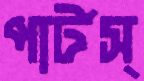
পার্টস্